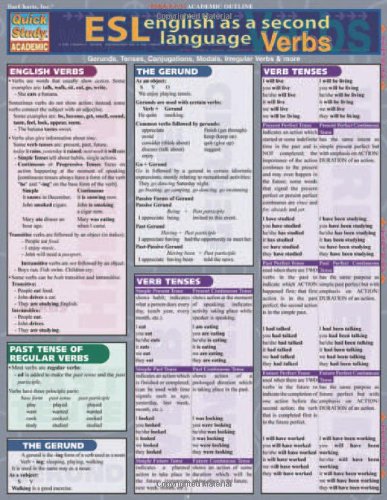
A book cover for Esl Verbs (Quickstudy Reference Guides - Academic); Inc. BarCharts; Children's Books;